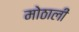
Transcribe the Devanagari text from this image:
मोठालीं